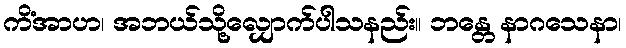
ကိံအာဟ၊ အဘယ်သို့လျှောက်ပါသနည်း။ ဘန္တေ နာဂသေနာ၊